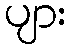
ပျား